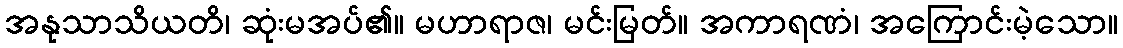
အနုသာသိယတိ၊ ဆုံးမအပ်၏။ မဟာရာဇ၊ မင်းမြတ်။ အကာရဏံ၊ အကြောင်းမဲ့သော။